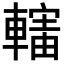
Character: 𨎜